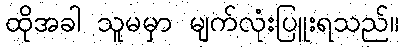
ထိုအခါ သူမမှာ မျက်လုံးပြူးရသည်။